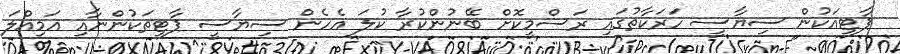
ޕާޓީއަކުން ސިޔާސީ ހަރަކާތުގައި ރަސްމީކޮށް ބޭނުންކުރާ ކުލަ އެހެން ސިޔާސީ ޕާޓީތަކުންނާއި އަމިއްލަ